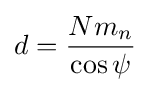
d={\frac {Nm_{n}}{\cos \psi }}